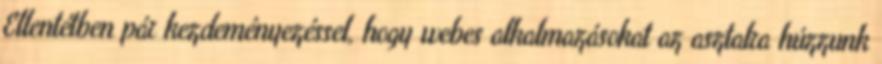
Ellentétben pár kezdeményezéssel, hogy webes alkalmazásokat az asztalra húzzunk